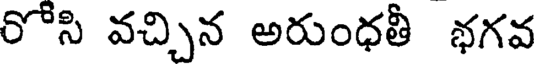
రోసి వచ్చిన అరుంధతీ భగవ